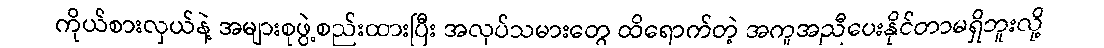
ကိုယ်စားလှယ်နဲ့ အများစုဖွဲ့စည်းထားပြီး အလုပ်သမားတွေ ထိရောက်တဲ့ အကူအညီပေးနိုင်တာမရှိဘူးလို့